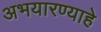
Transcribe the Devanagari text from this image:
अभयारण्याहे